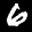
Label: 6